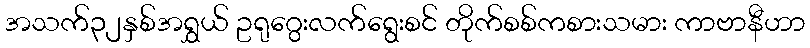
အသက်၃၂နှစ်အရွှယ် ဥရုဂွေးလက်ရွေးစင် တိုက်စစ်ကစားသမား ကာဗာနီဟာ